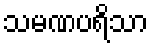
သမဏပရိသာ